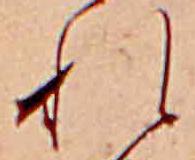
れ